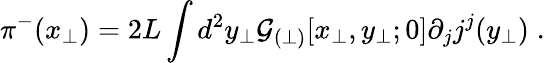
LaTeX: \pi^{-}(x_{\perp})=2L\int d^{2}y_{\perp}{\cal G}_{(\perp)}[x_{\perp},y_{\perp};0]\partial_{j}j^{j}(y_{\perp})\; .